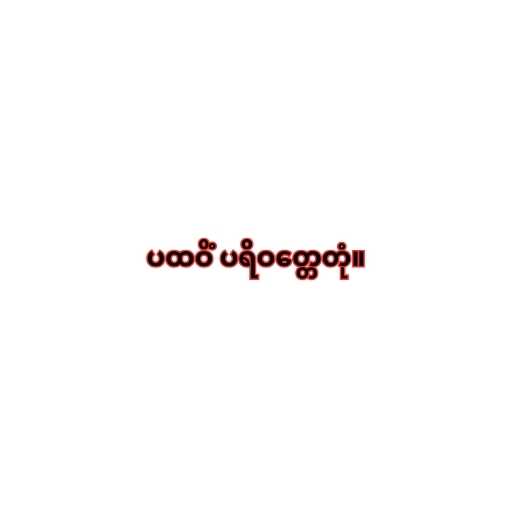
ပထဝိံ ပရိဝတ္တေတုံ။